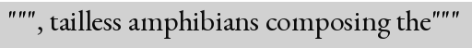
""", tailless amphibians composing the"""